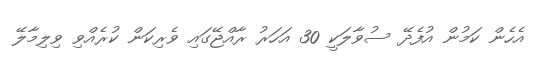
އެހެން ކަމުން އުފެދޭ ސުވާލަކީ 30 އަހަރު ރާއްޖޭގައި ވެރިކަން ކުރެއްވި ވިލިމާލޭ